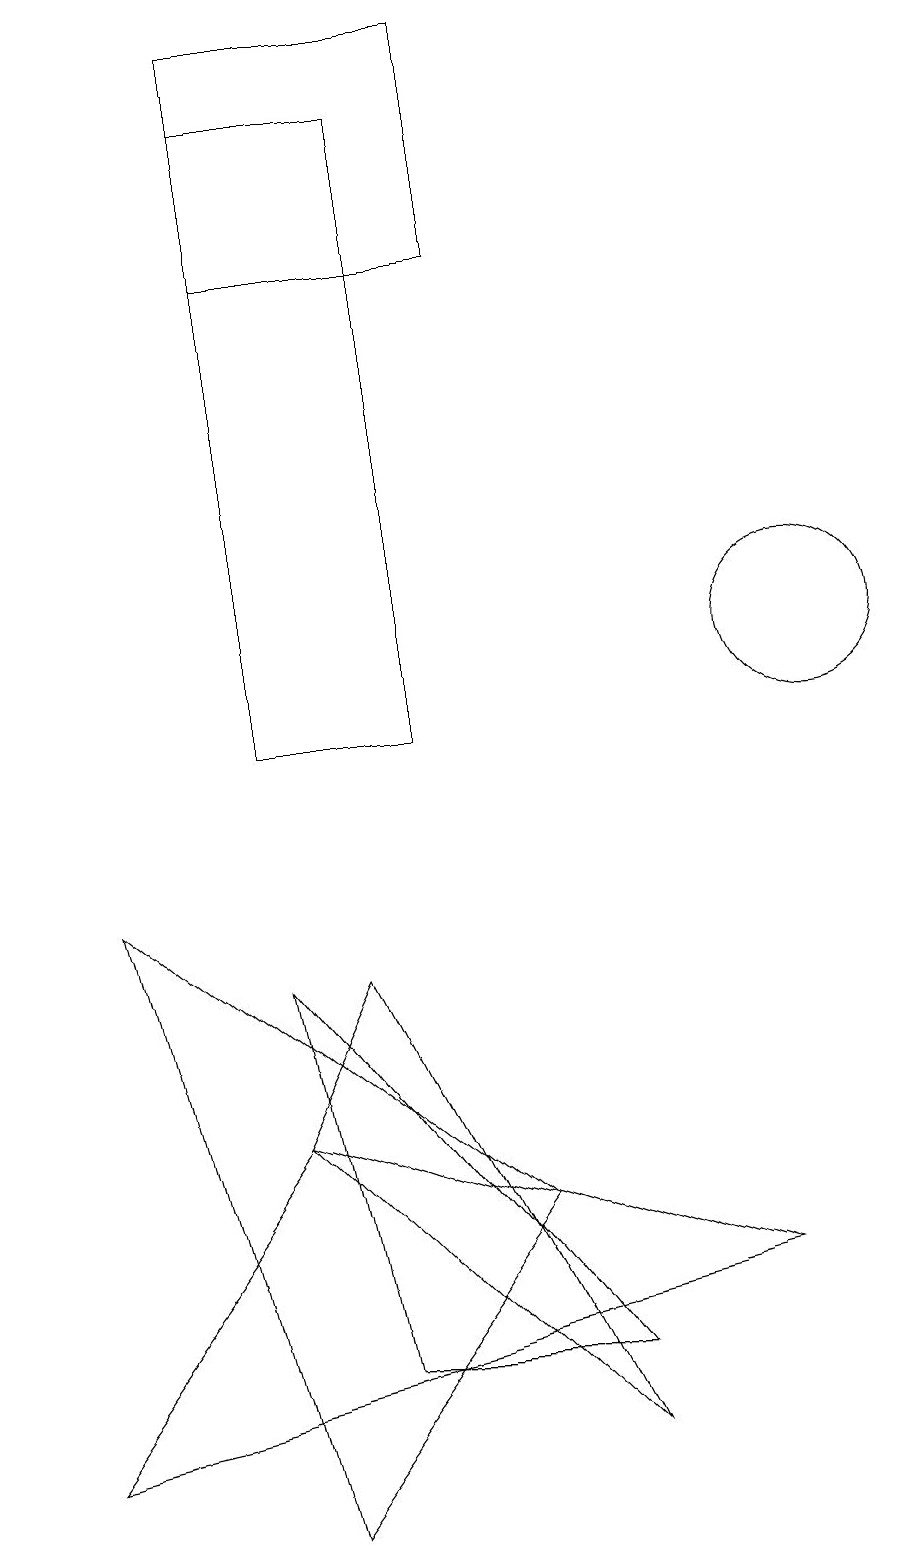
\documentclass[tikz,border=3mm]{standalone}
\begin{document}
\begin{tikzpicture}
\draw (3,5) -- (4,7) -- (7,1) -- cycle;
\draw (5,18) rectangle (3,10);
\draw (10,11) circle (1);
\draw (6,16) rectangle (3,19);
\draw (1,8) -- (6,4) -- (3,0) -- cycle;
\draw (4,2) -- (7,2) -- (3,7) -- cycle;
\draw (3,5) -- (0,1) -- (9,3) -- cycle;
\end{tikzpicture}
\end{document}